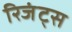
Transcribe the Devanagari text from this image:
रिजंट्स